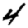
Digit: 4